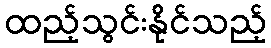
ထည့်သွင်းနိုင်သည့်